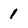
Character: 1